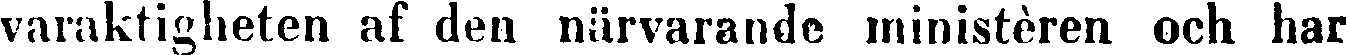
varaktigheten af den närvarande ministèren och har